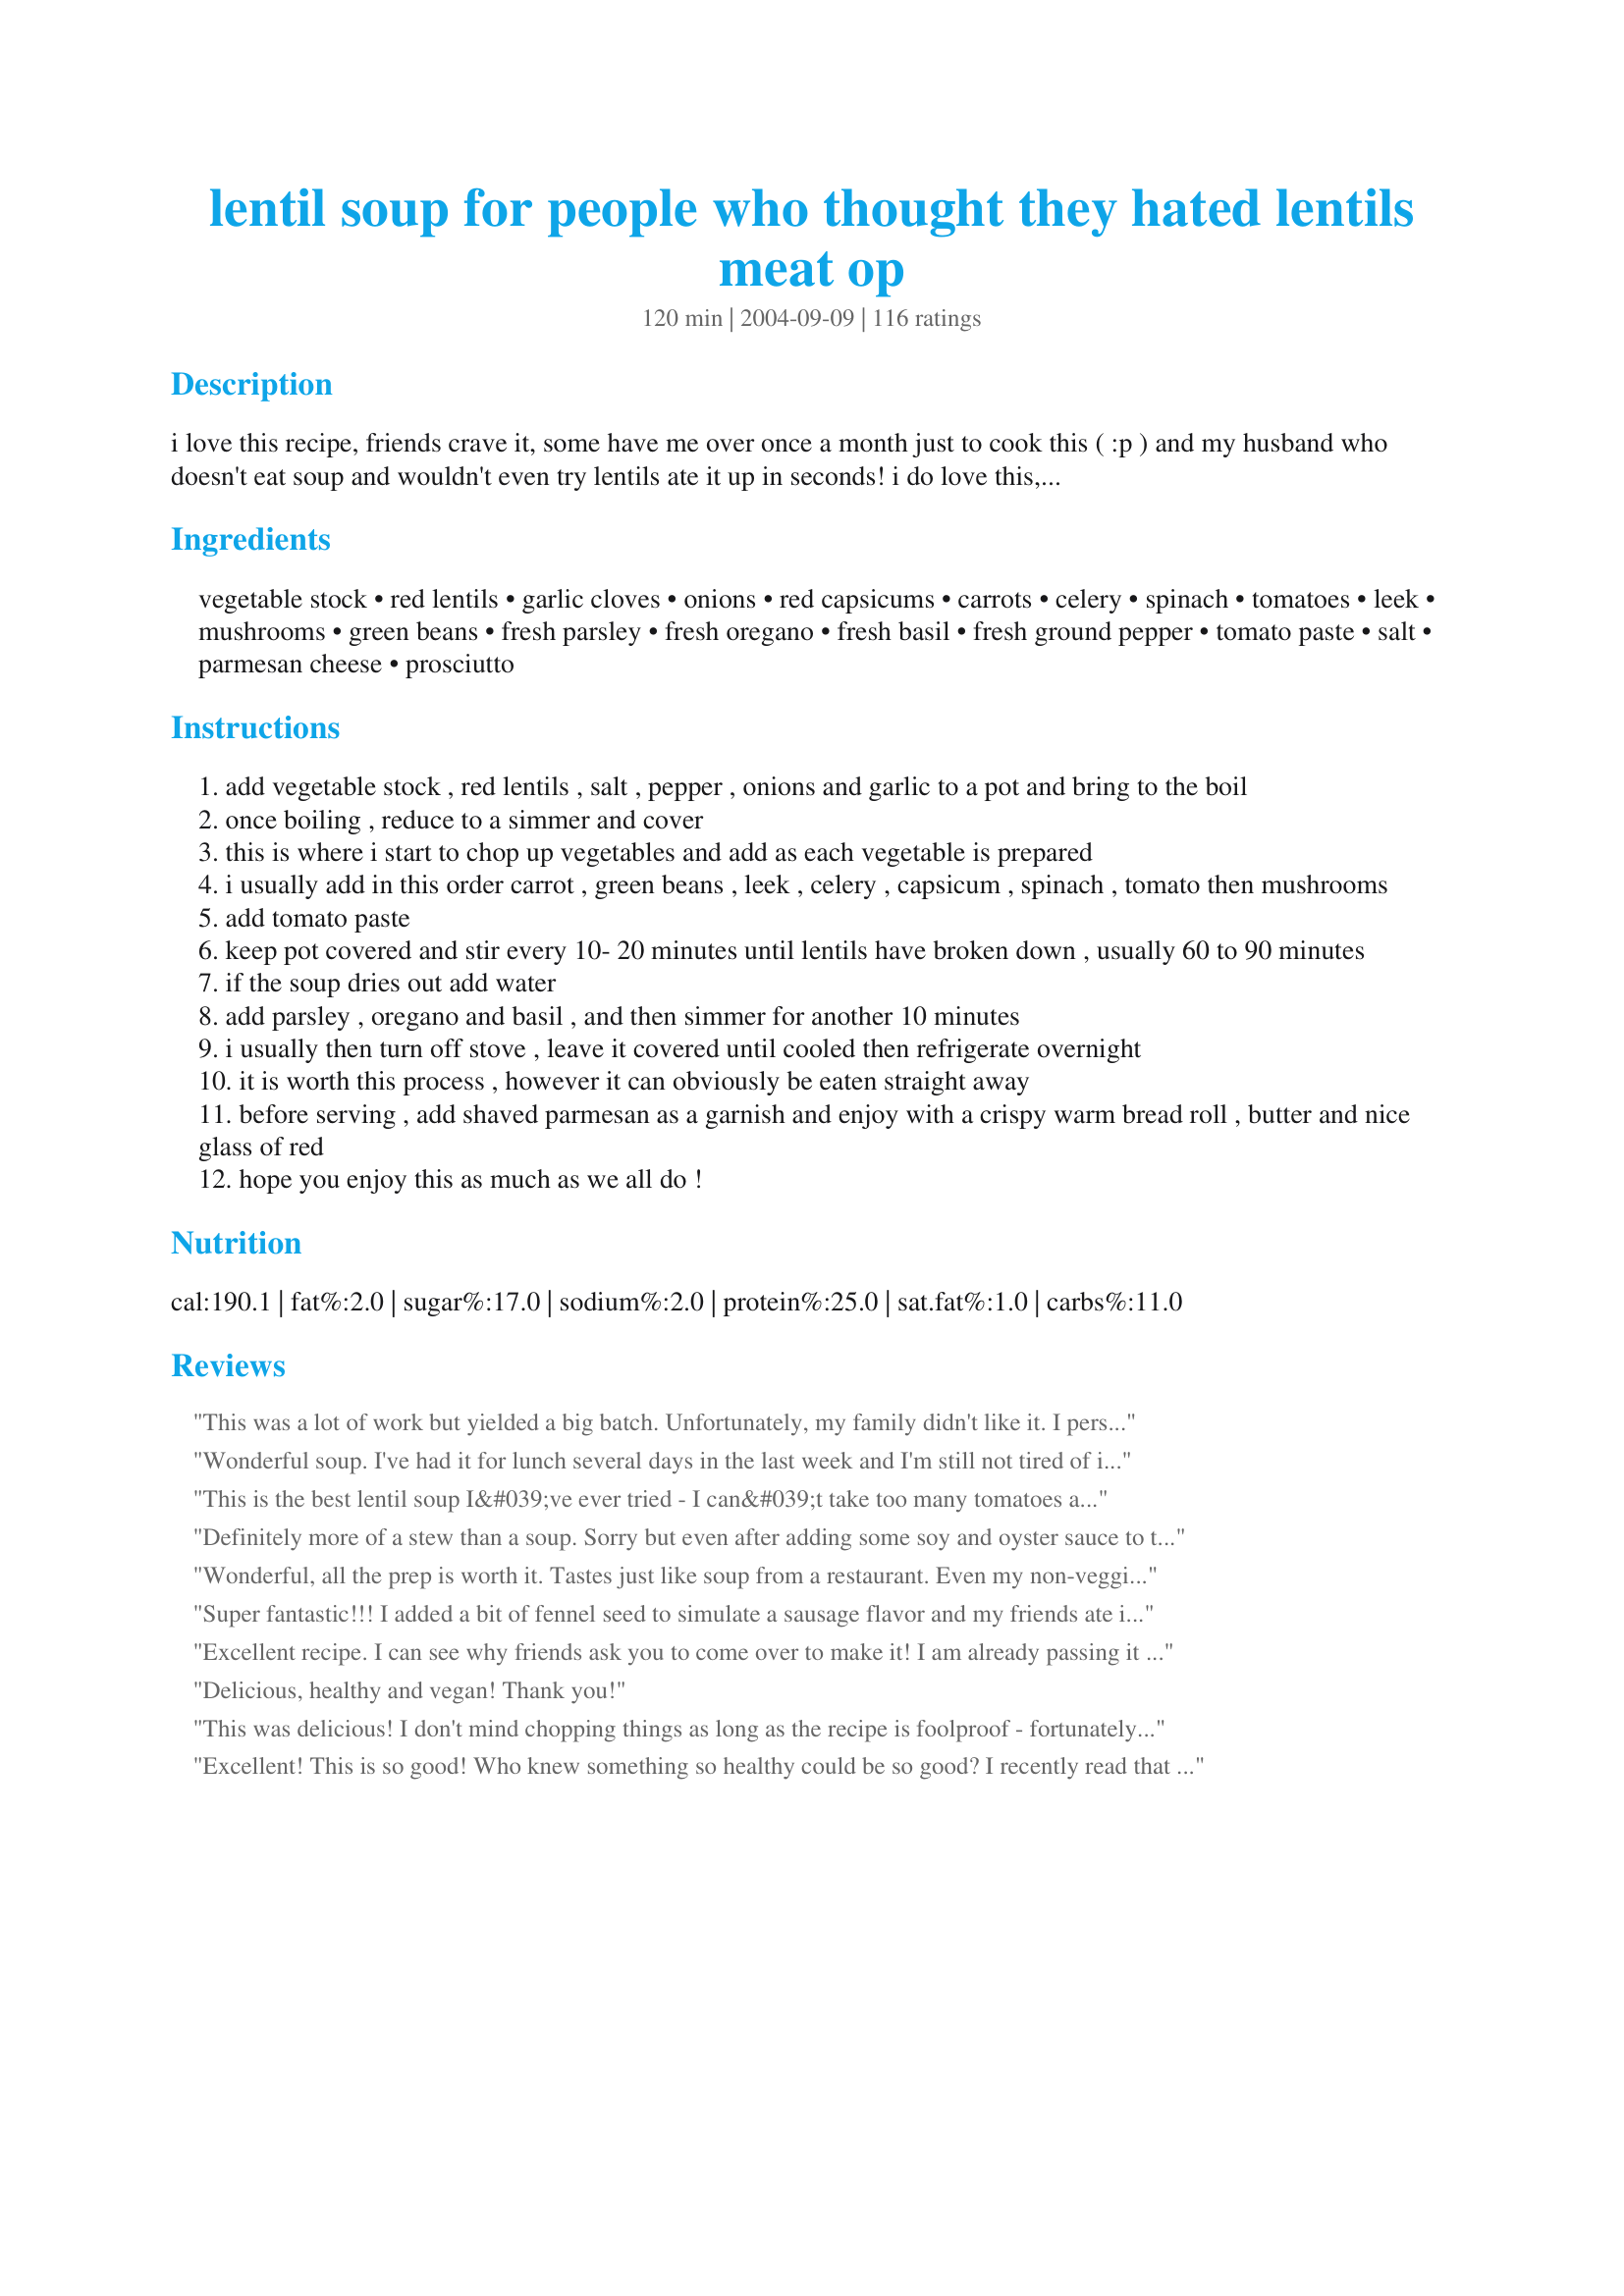
lentil soup for people who thought they hated lentils meat op
Preparation time: 120 minutes

i love this recipe, friends crave it, some have me over once a month just to cook this ( :p ) and my husband who doesn't eat soup and wouldn't even try lentils ate it up in seconds! i do love this, as its great tasting and well worth the effort! this is seriously something you must try! its something i have perfected over the years, so my measurement are guesstimates but they are pretty spot on! this is one of those recipes that takes an afternoon to cook and tastes even better the next day, but this makes a lot of soup and it freezes so well its worth it! this is a thick soup so could be served as a meal!if you absolutely need to add meat, i cook a generous amount of thinly sliced prosciutto and serve on top of soup under the shredded parmesan.

Ingredients:
vegetable stock, red lentils, garlic cloves, onions, red capsicums, carrots, celery, spinach, tomatoes, leek, mushrooms, green beans, fresh parsley, fresh oregano, fresh basil, fresh ground pepper, tomato paste, salt, parmesan cheese, prosciutto

Steps:
add vegetable stock , red lentils , salt , pepper , onions and garlic to a pot and bring to the boil
once boiling , reduce to a simmer and cover
this is where i start to chop up vegetables and add as each vegetable is prepared
i usually add in this order carrot , green beans , leek , celery , capsicum , spinach , tomato then mushrooms
add tomato paste
keep pot covered and stir every 10- 20 minutes until lentils have broken down , usually 60 to 90 minutes
if the soup dries out add water
add parsley , oregano and basil , and then simmer for another 10 minutes
i usually then turn off stove , leave it covered until cooled then refrigerate overnight
it is worth this process , however it can obviously be eaten straight away
before serving , add shaved parmesan as a garnish and enjoy with a crispy warm bread roll , butter and nice glass of red
hope you enjoy this as much as we all do !

Reviews:
This was a lot of work but yielded a big batch. Unfortunately, my family didn't like it. I personally thought it was okay, but tasted quite a bit like vegetable soup. My oldest son ate it with bread and butter, but the other two only ate enough to not be in trouble for not trying it. If you like lentils or veg. soup, you will like it. If not...it could be a risk.
Wonderful soup. I've had it for lunch several days in the last week and I'm still not tired of it. It DOES freeze well. I left it thick, more like lentil stew and it's very filling that way. One batch of this will provide a month's worth of lunches. Economical, healthy and ridiculously easy, just microwave to rewarm.
This is the best lentil soup I&#039;ve ever tried - I can&#039;t take too many tomatoes and this recipe contains just a tad of tomato paste. I didn&#039;t even bother to use fresh herbs, but it was still delicious. Well worth the effort!
Definitely more of a stew than a soup. Sorry but even after adding some soy and oyster sauce to try to add more flavour, we found this very bland, despite all the yummy sounding ingredients.
Wonderful, all the prep is worth it. Tastes just like soup from a restaurant. Even my non-veggie hubby thought it was great. I will definitely make this one again. Thank you
Super fantastic!!!
I added a bit of fennel seed to simulate a sausage flavor and my friends ate it right up!
Excellent recipe. I can see why friends ask you to come over to make it! I am already passing it to my friends. This soup is amazing and has taken top rank over the minestrone my DH makes. I will be making this frequently. Thank you for sharing!
Delicious, healthy and vegan! Thank you!
This was delicious! I don't mind chopping things as long as the recipe is foolproof - fortunately, this one is! I didn't include the mushrooms as they're really expensive at the moment, and ignored the beans entirely, but the soup was super-yum anyway. Neither hubby nor I like veggies much, normally, so this one's a REAL winner and set to become a favourite recipe. :)
Excellent! This is so good! Who knew something so healthy could be so good? I recently read that ONE serving of lentils per week can cut your cholesterol in HALF. I sure hope that is true:) I cut this recipe in half because I am only serving 2 people. I made it as close to the original as you possibly can when cutting ingredients in half &amp; I did sub a few ingredients to save a trip to the store. I tasted it - Oh Yum! - But I still added a few things that would make it more to our tastes. Also I did not cook it an additional 60-90 minutes after adding the last ingredients because the lentils were already soft. I left it simmer about 5 minutes longer &amp; served. Parmesan &amp; hot sauce add a nice kick!
This is a very hearty soup. I omit the meat when I make this. We like to have this with crusty bread:)
We loved the flavor and nutrition of this soup. I will repeat what has already been said...it is great to freeze in individual portions for lunch. It sure has A LOT less sodium than those canned soups that many people eat for lunch.
I, personally, enjoy lentils quite a bit. This was a very good recipe to stock pile and freeze, especially since it's so healthy! It's a tiny bit bland but has a pleasing texture and a lot of different variations of flavor. Unfortunately, mine didn't turn out looking quite so beautifully as in the picture! But the important thing is that it tasted great, especially if you want a diet item.
Very tasty! I added quite a bit of liquid, including the hot water in which I rehydrated some dehydrated mushrooms -- it added a nice tone to the flavor.
So yummy &amp; healthy! I make a batch about every week or so, it&#039;s very adaptable to what you have on hand or wish to add/omit, freezes well (but never have enough leftovers to freeze). A real keeper. Thanks for sharing
thanks for sharing Caithi - delicious combination! I had never cooked lentils before but bought some a month ago and lucky for me found your recipe! I added some frozen corn and peas as well - had just about a fourth cup of each left in the freezer so figured what the heck - even my husband and daughters enjoyed the soup/stew - thanks again!
this was a delicious soup. we have enough left for 2 more dinners! a new staple. thanks for sharing.
Absolutely delicious. I added andouille sausage. I didn't have any stock or leeks or green beans so I added 8 cups of water, four extra cloves garlic, three extra carrots and two extra onions and it was soooo good just as it was. I also sauteed the vegetables first for more depth of flavor. I didn't have to wait overnight for it to be delicious, it was delicious immediately. This soup is so good I'll be serving it in my restaurant. Thanks a bunch!
This was GREAT. Fed it to 2 kids one of whom is not mine and not heavy on veg meals LOVED it and said I had to send some home with him. I made a big batch Thursday and it's Saturday and I have none left. Worth the work!
Added a bit more garlic than original recipe, and also sauteed the onions/leeks/garlic as suggested by another reviewer. Absolutely wonderful . . . by far the best lentil soup recipe I've come across!
I made this not really knowing what to expect, having never eaten lentils in any form before. As soon as all the ingredients were in and simmering it started smelling really, really good! When it was fully cooked I gave some to my 7year old daughter who is unbelievably picky and she loved it. It is hard to believe it is so low in fat, because it tastes rich and buttery and good. I can't believe it is supposed to be even better tomorrow!
This is the second vegetarian OAMC recipe I've tried, it gave me 15 one cup servings. It tasted wonderful and froze really well. I love all the vegetables in here. It's VERY hardy and so thick I had to add 4 more cups broth when cooking and some water when thawed!
This was a hit with my bookclub. I am a huge fan of red lentils and this is a yummy soup. I added some chopped rose potatoes because I love potatoes with lentils. Thanks!
I've been looking for a great lentil soup recipe for awhile and this one is fantastic. What attracted me to it was all of the vegetables that was in it. I made it tonight and it was delicious; it wasn't meant for dinner, but for lunches during the week but my husband and myself couldn't help ourselves and made it dinner as well. I started it with some olive oil and sauteed the onion and leek with some chicken. I also added some turmeric to the hot oil. Then I added all of the veggies, substituted chicken stock and then put in the lentils and tomato paste. I found it very easy to make and well worth the effort of chopping all the vegetables. I loved how creamy it ended up being. We will be having this soup often over the winter!
One of the best soups I've ever had. Amazing how rich and buttery it tastes yet it's fat free. I used fat free chicken stock from a carton and opted for no meat. Followed recipe as written. Yum!!!
I first made a pot of this last week. I couldn't believe the response. My husband, daughter and I went back for seconds, and we all couldn't help but rave to one another while eating it. We polished off the pot in 2 days, and on the third day, I made a fresh batch. My husband just called to see if we needed anything from the store. "Yes", I said, "4 bags of dried lentils". Can't be without!
Wonderful! I added some cumin and chili powder and a couple TBS of balsamic vinegar. This soup was bursting with flavor. I used chicken broth because that was what I had on hand. This is a very versatile recipe because you can use whatever veggies you have. Thanks so much for posting! Highly recommend trying.
I was skeptical at first, because I like to have meat in everything. However, this soup was excellent. I omitted mushrooms, leeks, and green beans, because I had none in the house. I also used brown lentils rather than red. My herbs were dried, not fresh. I threw in a piece of smoked pork neck for added flavor, and added several dashes of worcestershire sauce as well. Lastly, I added a fair bit more water than called for, as the lentils kept drying out, but that just made more soup to eat.
We loved it! I also added some pumpkin when adding the other veggies. It's great and I will be making it frequently!
This turned out really good! I didn't change much about the ingredients, just their preparation. I used a 6 oz bag of spinach, 8 oz sliced mushrooms, frozen green beans (chopped into 1" pieces), frozen pepper strips (left as is), and sliced the carrots and celery. I wanted a chunkier soup and this way I only had to spend time chopping a couple ingredients. I added an extra cup of chicken broth. I only cooked this for about 35 minutes after all the veggies were in because I didn't want the veggies or lentils to get too soft. I cooked it until the lentils and veggies were tender, but weren't falling apart or mushy. Oh and I used regular lentils instead of red ones because I couldn't find them. It tasted just fine, though probably not as pretty. Don't skip the parmesan, it adds a lot of flavor.
Time consuming to make, but worth it! I've made it both with spinach and with cabbage (during the samonella outbreak). I like the spinach better, but still really good. And true to the title, even my lentil hating friend loves it!
This was so tasty!!! I followed the recipe as written only substituting for items I did not have on hand such as mustard greens for spinach, green lentils for red (couldn't find those), beef broth for veggie broth and cheddar cheese for parmesan cheese. <br/><br/>This made a huge batch so plenty for leftovers but will have to add liquid. The kids ate this up! Great recipe and obviously versatile!! What a great way to get a lot of veggies in a meal too!!
Delicious! The people that say it has no flavor must be doing something wrong! I 'only' cooked it for 60 minutes so it wasn't complete 'mush' (as some people called it). Maybe if you cook it too long the flavor cooks away because mine had lots of flavor! Me and my friends really like this so it will be going in my permanent recipe file!
Forget the meat... this is good.
Took a lot of time and it was very thick. I guess I prefer lighter soups. Decent but I clearly didn't like it as much as some others around here.
Yum! I added a few ounces of leftover turkey pepperoni. I also made it in the crock pot, it took 6 hrs on high. I have a large crock pot, and it was filled to the brim!
Loved this recipe! Thanks so much Caithi. I had just finished making turkey stock from the leftover Thanksgiving birds so that is what I used, plus a couple of cups of chopped turkey. I agree it does not require any meat but since I had it ready it was a nice addition. This was my Number One Favorite Tag in 2007.
I didn't care for this recipe and ended up throwing it all out. My kids didn't like it either, sorry. Although it was very healthy it didn't have alot of flavor and wouldn't be something I would make again. Thanks anyway!
This was great! I used canned lentils so it didn't really thicken up but it was still crazy tasty. I sauteed my veggies a bit before adding the stock. This reminded me of how much I love making soup! It was easy, healthy and filling. Thanks!
I really thought we were going to love this soup based on the other reviews, but truthfully it was a lot of work and we didn't care for it.
Love soup, love lentils, love this. Easy recipe to follow, straight foward.
So good and so healthy! This one will be on our family's regular menu!
We live for soup in the winter, LOVE lentils, but this only alienated my lentil-wary friends because it was basically mush. The texture was just too much like ....well, mush. The ingredients are fine, though I added several extra garlic cloves, a splash of vinegar, and more onion for flavor after reading reviews. A revamp of technique and tweaking of ingredients would save it (for us), I'm sure!
This was more of a stew than a soup. But everyone really loved it. I needed to use more broth than called for in the recipe - about 2 quarts. And, I omitted the tomato paste because I didn't want to open a can for such a small amount. However, instead of fresh tomatoes, I added a can of diced tomatoes with their juice. Then, I added a few cooked and sliced Italian sweet sausages but did not include the cheese.
This soup is DELICIOUS!!! I didn't add all the veggies because I didn't have them on hand but I did add most. I also added the parsley, oregano, and basil dry instead of fresh. My boyfriend and myself both love this soup.. I made it about 3 days ago, I halved the recipe and I had to make it again today!!! :)
This is sooo good! Its so healthy and filling! I have been wanting a healthy comfort food and this is my new favorite! To me any soup worth making requires some chopping of fresh vegies, thats how I clean out the fridge! I used frozen green beans, and canned tomatoes because thats what I had on hand. Added a little more lentils, and used an increased amount of low sodium chicken stock rather than vegie stock. Also added some ground red pepper flakes to add some spice. Wasn't sure if red capsicums were hot peppers or sweet peppers, so I used sweet. This makes a good size pan, lunches will be delish this week!
Oh my goodness!! This was wonderful. I'd give it more than 5 stars if I could! My husband was a little hesitant when I gave him two ladles full but after just one bite he loaded his bowl up! The only changes I made were I left out the red pepper (we don't care for them) and I didn't salt it at all. It really didn't need any, in my opinion. Thanks so much for the new recipe!
Ok, tried this last night and it was a complete success. The rave reviews are completely true and if you dont like the taste - you are doing this wrong. Even MIL loved it and actually asked for the recipe which is very very rare. Yes there is chopping ( BUT THAT IS STATED IN THE RECIPE - hate it when people are rated & points are taken off becuase people dont read recipe first/cook is inexperienced - sorry, has happened to me before on other sites) but this is a detailed soup - so make heaps of it and store it. I didnt make enough this time but I will be sitting down next Sunday afternoon with a glass of wine and all of the beautiful fresh veges and chop away until I have enough to eat and store. Thanks for the soup! Its a keeper!
Awesome soup that doesn't need the bacon or cheese IMO. Used kale instead of spinach, veg broth, can of tomatoes instead of fresh, and dried parsley/oregano.I left out the green beans because the soup was looking pretty full. I did leave it over night in the fridge and when I woke up this morning. . . AMAZING. I can't believe this soup is vegan, it is THAT good.
This was a good soup, definitely must add the cheese right before eating because it makes a big difference in the taste. I gave this four stars because of the number of ingredients and the prep time required. This also keeps great in the fridge, even better reheated.
I made this on a cold winter day and what a great soup. The whole family loved it and it will be on our regular menu. Thanks for sharing.
Excellent! I probably make this once a month. I eyeballed the ingredients, ommited celery and doubled the leek, cooked the veggies in a touch of oil before adding the stock and lentils. Added a bit of cayenne pepper, more of the herbs (probably triple the original amount), and needed to add a bit more liquid than the recipe called for. Also substituted about a half cup of tomato sauce in place of the paste. This soup is great, tweak it to your taste and you can't go wrong! I love that the soup itself is vegan and that it's filled with loads of veggies... so good for you! It freezes and reheats well... a fairly cheap, yummy, and easy to pack lunch!
Yummy and versatile. I used what I had on hand. Instead if vegetable stock I used home-made lamb stock with the addition of water, extra organic garlic, organic onion, no red capsicum, carrots or celery but I did add one organic Swiss chard stock cut up, organic spinach from our weekly local organic produce basket, no tomatoes, just organic tomato paste, no leek but I put organic garlic whistles also from the CSA basket in place of the green beans which added some extra flavour, chopped zucchini instead of mushroom, organic fresh flat leaf parsley, dried oregano in a lesser amount, the fresh basil, grey sea salt, a perfect salt, a bit of home-made garlic whistle and spinach pesto made with Romano cheese, ate right when cooked with a square of organic butter on top and recipe#275175 served on the side.
Wow I am surprised how good this recipe is. I've never had lentils before but thought I'd give this a go. I used chicken stock instead of vegetable stock, cabbage instead of spinach, a can of tomatoes instead of the fresh tomatoes and tomato paste. I sauted the onion, garlic, leek and some bacon then threw it in my slow cooker all afternoon. So easy and yummy! Mine made 10 servings and I will be making it again but leaving out the lentils and trying it with chicken or beef instead, for dietary reasons. Thanks
I like lentils but did not enjoy this soup. I omitted green beans, celery and mushrooms, so maybe that is why.
Fantastic soup. Lots of chopping but worth every minute of it. It doesn't need the proscuitto, very tasty as it is. Thanks Caithi.
We did not have red capsicums. My husband substituted Tabasco sauce in his own bowl. The kids and I went without. This really IS a good soup for those who didnt think they would like lentils. My 3 year old even ate this. I used chicken stock instead of vegetable stock. Give it a try because it is good, however, even better the next day. I dont think I would have liked it as much had it had not sat for a while. Also I couldnt find red lentils so I used greenish colored ones and they tasted just fine. Worth making again in my book!
Got rave reviews, and I did let it sit overnight. I left out the leek and the mushrooms and used dried spices. Thanks!
This is a really great soup. My husband was complaining when I said that I wanted to make lentil soup because he thinks it is boring. However, he loved it so much he had some for breakfast the next day. It does make a lot but it does taste better the next day so the leftovers are a joy. It is great with and without the ham and would be an nice thing to serve if you have both veggie and meat-eater guests. I made rosemary bread to go with it. It will be made again for sure.
What is the mark of a good recipe? The chef can be distracted by 90210 reruns and forget to add the herbs, but the final product is still delicious! I added a bit of lemon juice and some crumbled feta cheese to the bowl before serving. The soup was great and I'm sure it would have been even better with the herbs! I skipped the mushrooms and leek because I don't like them, but I added more of the other veggies to make up for it. Really, this recipe gives you a lot of flexibility- I highly recommend it!
I substituted sausage (turkey) for the ham, and did not have the peppers, mushrooms or leeks available. It was amazing. I even made it GF/Dairy Free, by substituting vegan parmesan cheese for the topping.
Very good soup, this is one soup I will be doing again and again.I didnt change anything. I did eat it again for lunch the next day and it was twice as good. I only made enough for maybe 6 servings, however I will be making the full amount next time and freezing the remaining.
A girlfriend of mine made this for a dinner party...and it was delicious! Great when served with assorted grilled cheese sandwiches. Mmmmm.
I have made this soup for years but haven't posted a comment yet. It is awesome!! It is so easy to make and freezes so well it makes for a great lunch - thank you for sharing this recipe!!!
very good way to have lentils. I substituted french lentils as that is what I had. also, I sauteed the onions, celery and bell pepper first, added garlic and then began adding the vegetables. it takes time to chop and add them, but do it when you are in the mood, it is not complicated. you can add whatever vegetables you have on hand, I had a zucchini and just threw it in. we are meat eaters, so I added some chopped sausage. I used a squeeze of lemon before serving to pop the flavor. I made compost tea (recipe on this site) with the vegetable peelings to use on my plants. my family enjoyed this dish.
Amazing! Reminds me what an investment my super expensive food processor actually is with all the chopping. I just kept shoving vegetables in that sucker and it came out like a charm! Wonderful wonderful!!!
Fab-o! Conversions for those of us in the states:
1 1/2 liters = ~6 cups. "Red capsicums" = red bell peppers (or at least that's what I used 8-). 200 g = ~8 oz...250g = ~9 oz. Hope this helps! Postscript: Second time around, I chose to saute' most of the veggies, including mushrooms. Gave it a much "warmer" toastier flavor. Also ended up using 4 cups of Veg broth PLUS 4 cups of organic chicken broth, and it was still very thick - yummmy - see photo. THANKS!
I simplified this recipe by cooking it in the pressure cooker for only 10 minutes and the lentils came out perfect! Once I added everything to the pot, I simply set the pressure cooker on high for 10 min. I cut the recipe in half also because I didn't need that much soup for two. I also used canned stewed tomatoes because I didn't have any fresh ones. I added a little lemon juice at the end too. I used dried oregano also, because I didn't have fresh. I also used a chicken style consomme powder that I added to water. It doesn't have any chicken in it. The soup is excellent, hearty and the cheese really helps a lot at serving time. Most of all....so healthy!
I love thick soups and this was devoured by my workmates yesterday (Soup Friday)! I made the receipe exactly as written and it is perfect just the way it is. As I kind of find chopping & slicing therapeutic I didn't mind the preparation time at all. I did use a V-Slicer with what was suitable tho'! I found that, even tho' I put it out, we didn't use the parmesan. I had it for lunch today and the flavours just get better.
This was great. I cut the recipe to 8 servings, but ended up adding around 3 more cups water than the recipe called for. I had split red lentils, used frozen red peppers, green beans and spinach, the rest fresh. I only cooked this for around an hour and 15 minutes.
I blended this as I like hearty soups but dont like soft chunks. The texture was great. This recipe makes a HUGE amount - I had about 18 cups! I used
more stock - approx 2.5 litres. I followed the recipe but found it rather bland & boring. I doubled the herbs & seasonings, added bay leaves, even more pepper, thyme & Maggi Seasoning (plus a can of diced tomatoes with their juice). As I still felt it was a little bland, I placed a hearty dollop of Extra Light Cream Cheese in each bowl (Kraft Philadelphia 5% fat).
great soup made it with homemade beef broth it turned out great will make it again.
Wow, this was impressive and I'm not a soup fan (but love lentils) and not a fan of soups that seem to have 'everything but the kitchen sink' like this, but this turned out to be delicious! I did have to use canned lentils due to time constraints and didn't have spinach on hand (too bad) but did add a small can of water chestnuts - an older friend suggested this for soups - it adds a lovely little crunch and it worked very nicely with this soup. Also had some stew beef that had to be used, so it got added, although would have preferred it without (you know how most husbands are with their meat!!) Anyway, also added a little bit of lime juice (lemon would have been fine) just before serving and it really brightened the flavours without having to add any extra salt at the table (as hubby would have done otherwise). I do this with most soups - its a good little trick. Anyway, thanks for the lovely dinner, and will be adding this to my collection.
Excellent soup and so flexible. Thanks!
I have had lentil soup in restaurants, and made it at home and loved it, but this is the best that I have ever had!!! Thanks for a great recipe1
this is the eighth time i have made this soup. my son demands it once a week, it is a new mainstay!
i too saute the vegetables (onion, leek, carrot, celery and garlic) first in the pot for added flavor, then add the rest of the ingredients.
this is absolutely superb, i always forget the green beans and that works out fine, and i add more tomatoe paste and some chicken stock.
the tip to squeeze a little lemon and add parmesean before eating takes it over the top.
this is an excellent, healthful soup.. economical too.
thanks!!!
oh, This is my NEW favorite soup! I have made this once, with brown lentils...all I had on hand...running to store today, to get red lentils...I would have NEVER thought I loved Lentils! So glad I tried this! Yum......
I have always loved lentils in dahl,soups & stews. Unfortunately this recipe was NOT a favorite of mine. There are a few tooo many ingredients, spinach,mushrooms,carrots etc. The only thing I didn't have on hand was the celery, but it would not have made it any better, probably worse.
I used my food processor and pressure cooker for this and that really sped up the prep. I really thought the fresh herbs gave this the extra touch. My husband even ate it (with saltines) and thought it was pretty good (high praise since he does not like lentils or split peas). My father in law and I happily ate the rest! This does make a lot but kept great in the fridge for about 2 weeks. Thanks Caithi, for posting.

Roxygirl
Yum!! I left out the mushrooms and added the green beans just before serving as we like them crunchy. This is a great stick to your ribs meal.
My Cousin pointed me in the direction of this site after cooking this soup. Can I say that I bothered to join just so I could rate it!This cook should bottle it and sell it! If you dont like this soup you have done something wrong!This is my new addiction and something that I can eat while pregnant - so healthy with heaps of taste! Im so pumped about this - please try of you can.WORTH EVERY SECOND OF CHOPPING!!
I have a weekly "soup night" every fall and winter. Tonight I made this as my vegetarian option. My friends, my 7 yo DS and my husband LOVED this soup. I didn't make it exactly--I used dried herbs instead of fresh and omitted the green beans as I was using what I had on hand. It was still delicious!. My DH and a good friend were sure that there must be cream or butter in it as it had such great flavor. I told them they could eat as much as they wanted without feeling guilty. Next time I will make it exactly as written because I think it would be out of this world delicious with fresh herbs. Thank you, thank you, thank you Caithi!
I made a simplified version of this and it was still out of this world! I just eliminated the capsicums, spinach, leeks, mushrooms, beans & prosciutto. I also added a LOT of extra broth AND some water (too thick), and doubled the garlic (we love garlic!). Oh, and I only had green lentils. And I saute'd all the veggies while the lentils were cooking. And I used homemade chicken broth. It was SOOOOO yummy!! Thank you!
Ok so when I made this, I thought it was going to be gross, but I have to say, probably the best vegetable soup ever. :) Yum!
This didn't work for me. The lentils expanded so much I needed to add about two more pints of water to have any liquid at all. I couldn't even fit the spinach in the pot in the end. I ended up doubling the amount of tomato paste, but it still ended up a bland yellow mush. Surprising for the amount of vegetables in the recipe.
This was wonderful!!! It tastes like a very hardy italian soup and was inexpensive to make. Thanks for sharing this great recipe. I will be making it often!
I changed things up a bit. I cooked the onion, celery, carrot, garlic, mushroom, and bell pepper in some bacon grease first then added the tomatoes (used a 15oz can plus the juices), lentils (I had less then called for and they were grey not red), spices (used dried because that is what I had), and stock (used chicken base not vegetable). Had no decent green beans so omitted those. Was feeding two hungry teenagers so threw some potatoes in the pot and was really generous with the spinach (I had a lot that needed to be used up). It all cooked up lovely, but a little sharp because of the tinned tomatoes. So I smoothed out the flavors with a couple of dashes of balsamic vinegar. Served with crusty bread on a blustery day. It was well received. So I guess, I didn't change this recipe "a bit" but rather "a lot." Ner. Five stars because the recipe you created is VERY versatile and, for all my changes, I think the final flavors were very similar to what the recipe indicated. This will be played out (in many variations, I sure) throughout this fall and winter. Thanks!
Outstanding! Made the recipe exactly as written except that I only had dried oregano. It smelled amazing after cooking so I had a sample bowl before sticking it in the fridge and it was GREAT...THEN I had it the next night for supper and it was taken to a whole nother level :) Absolutely worth the wait to let it sit overnight!!!!
This is the first soup I have ever made. Chose this one purely on the rave reviews. I have given it 4 stars as, for a novice there was a lot of slicing and dicing and it took me a lot longer than the suggested time. The end result however is beautiful, I am so pleased with it. Will definately make this again. Good for me too as I don't usually eat enough vegetables. One point however.....it does give you wind!!!! teehee
I would give this 10 stars if I could. I have to watch salt intake so I used water instead of the broth but I still ended up with a rich, flavorful soup that tasted so sinful...very hearty. I am in LOVE with this soup and it will be in my regular rotation. The fact that it is also healthy is a bonus...thank you for posting this awesome recipe!!! Note: I added some red pepper flakes, doubled the tomato paste and subbed cayenne pepper (just a dash) as I didn't have any red peppers. PERFECTION. Can't believe I am going on and on about a bowl of SOUP...but it is truly that good.
This is a great recipe, and yes there is alot of chopping. But the only real problems I had were making enough to get into the freezer, and also I like making soup in the crockpot and this recipe works better on the stove. I did make it so it was vegan, and even my carnivore friends loved it. Great recipe. Thanks so much for posting it.
I was looking for something to accompany my protein source for dinner, and with it being so cold outside, salad wasn't appealing. Enter this most deee-lish soup! I think the hint here is to not overcook the lentils. 1 hour simmered on low, along with 8 cups of broth or liquid, resulted in a perfect soup. I too used dried herbs and added 3 bay leaves, and it's just marvelous. Zero fat, low calorie and most important: fills you up. Thank you, Caithi, for sharing this.
Yum! Yum! I normally would take a star off because it is so labor intensive (lots of chopping and stirring), but I would just have to add another star because it is so healthy!

I realised at the last minute that I didn't have any tomatoes, so I just chucked in a can of no-salt-added tomato puree instead. Also, I used dried herbs instead of fresh.
A delicious soup! I didn&#039;t add a couple of vegetables. I first sauted the onion, carrots, celery, leek and garlic before adding the lentils and broth. Also, added extra fresh parsley and 1 tsp. dried basil and oregano. I added some sauted mushrooms and the spinach at the end. Will make this again.
Well-balanced taste. I pureed the soup, as I was too lazy to cut the vegetables really small. We could really taste each vegetable in each spoonful.
My hubby thought it would be nice with some sauteed spring onion on top, so I'll try that with the leftovers tomorrow.
Veeeeeery tasty indeed! I didn't have the carrots and I was a tad short on the lentils. I ended up halving the recipe and still used close to five cups of stock. I think next time I'll use split peas for half of the lentils. Absolutely wonderful!!
This soup was pretty good and very healthy. I didn't have vegetable stock so subbed chicken bouillon (next time will use beef) and ended up adding an extra beef bouillon and increasing the amount of tomato paste to increase flavor. Other than that I pretty much followed the recipe except for eliminating the leeks and mushrooms. Update: instead of tomatoes I just added one can (320 g) tomato paste and liked the result (didn't need extra bouillon).
Wonderful. I have been converted, I no longer hate lentils! I'll be making this again, thank you. The whole family ate their fill and then took some home with them for later.
Someone gave me this recipe years ago and I still make it every other week. I saute onion, garlic and crushed chilies in olive oil; add chicken stock, rinsed lentils, salt &amp; pepper, about 1 tsp of cumin, 1/2 tsp or so of turmeric - half way through, add cubed potatoes, carrots or sweet potatoes or whatever vegetable I have on hand. This is quick and a tasty vegetarian dish on my meatless days.
This is my new favorite soup!! I use only half a bag of lentils and sometimes use up veggies I have on hand but everything goes in the crockpot !! You can pulse the veggies in a food processer if you dont like to chop . But if it doesn't come in a box or can you have to chop.... caithi great recipe I love it
DEFINITELY leave overnight, and DEFINITELY add cheese to top (I used Asiago, personal preference). Thanks for sharing such a healthy recipie!
This soup was delicious! Even my extremely carnivorous brother liked it, to my surprise, he went back for seconds. It was a bit peppery for my taste, but that might have been partly due to my veg stock. Very filling - I had one bowl and was stuffed. I love that its vegan. Can't wait to try it again tomorrow, sounds like the leftovers will be even better. :)
This was delicious! I did not pay attention to how much it made and it makes a huge pot! So very healthy. I substituted chicken broth for the vegetable stock, and I threw the spinach in very last, stirred just until it was wilted and then ate the soup. Didn't have the patience to wait :) But we will have it again tonight! We'll be able to tell if storing overnight makes a difference. We did not have any fresh parmesan, so I used a shredded Italian blend. Thanks!
For a slightly different taste, omit the parmesan and add some powdered cumin while cooking. To give it a little color, add a pinch of turmeric.
Fantastic flavour and so easy. I made this by using a 19oz can of spicy tomatoes and ommitted the fresh tomato and tomato paste. As I was out of mushrooms, I left them out too, but my goodness this was good and it made so much. What a wonderful soup so packed full of flavour. Thank you for the recipe.
Only true lentil soup in here even worth rating and what a SOUP!
Yum! This was very good. I like to top it with olive oil, but hubby likes the cheese. Definitely making this again! Thanks!
This is GREAT! It is almost like a stew and very satifying on a cold night. Completely vegetarian, healthy and delicious!
My boss ( buddahbelly ) passed this my way and I have just finished it.I am not a very good cook - have been known to burn water (just kidding) but I can now say that I can cook something and it tastes great. Its a REALLY hot day here today and Im going back for more plates because its so good! Proud of myslef!
Great recipe! Everyone in the family ate it (even the 4 year old)! I didn't have proscuitto or bacon, so I put in some shredded rotisserie chicken instead, and added extra garlic (we love garlic)! I will definitely make this again.
It's my sister's favourite soup, so she has very high standards. To my amazement she said it's the best she's ever had. I am definately going to be making it again!
This is the "best kept secret" of soup recipes. It's savory, has a wonderful texture, is filling, and tastes GREAT without needing meat! I've used a variety of different vegetables, both green and orange lentils (truly, can't tell the difference) and have omitted the tomato paste when I didn't have any on hand. I've made homemade vegetable stock, and also have mixed my own with the flavored powder. No matter what, this foolproof recipe always turns out wonderfully. What I enjoy most is that I feel like I ate a good healthful meal with wholesome ingredients. No guilt with this recipe! Thanks Caithi!
I thought this soup was good, but not as spectacular as I expected after the rave reviews. I love that it is loaded with vegetables, it's so healthy! I wanted a little more of a flavor punch, but they all blended together into something that was good, but not great. Makes a HUGE pot. I'll try sautÃ©ing the vegetables first next time.
This was great for dinner and I loved that it was packed full of veggies. I believe the secret to good soup is to use excellent stock....so I used Recipe #150683 which lent a fabulous richness and flavor. Our 6 year old was unsure of it and picked at it, but ended up eating the whole bowl. :)
Thanks Caithi!
This soup was very, very good--something I'll definitely make again. I skipped the mushrooms (personal preference) and used dried herbs. If you use a food processor, the prep work really isn't too bad. In many ways I cheated (frozen spinach and beans, canned tomatoes, etc.), but the result was still excellent. I also threw everything into the biggest crock pot I had and that worked beautifully. It was certainly thick, so I added 1-2 cups of water just before eating. It's very filling, and I preferred it without the Parmesan. Another tasty, healthy vegan recipe to add to my collection!
A bit tedious.... but OH so good! I had everyone eating it - even the picky eaters. And to think how nutritious each serving is. It was even better for leftovers. Now on a more personal note, I served mine with the cooked prosciutto, shredded romano cheese, and olive oil drizzled on top. Mmmm....

UPDATE!: I roasted some jalapenos, prosciutto, and garlic drizzled with evoo in the oven on 350 until just a tad bit crispy, removed, and minced. We put a dollop of the final product atop the soup and sprinkled with parmesan cheese. Our new favorite way to eat this dish!
